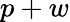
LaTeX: p+w